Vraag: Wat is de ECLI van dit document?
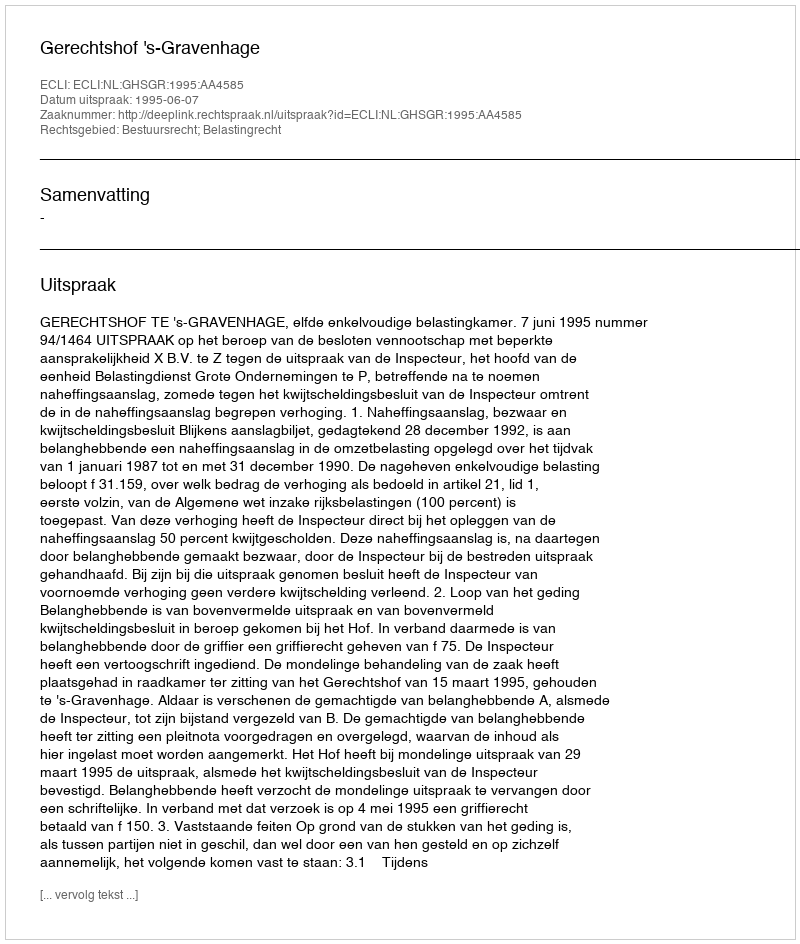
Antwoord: ECLI:NL:GHSGR:1995:AA4585